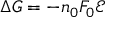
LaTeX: \Delta G = - n _ { 0 } F _ { 0 } { \mathcal { E } }